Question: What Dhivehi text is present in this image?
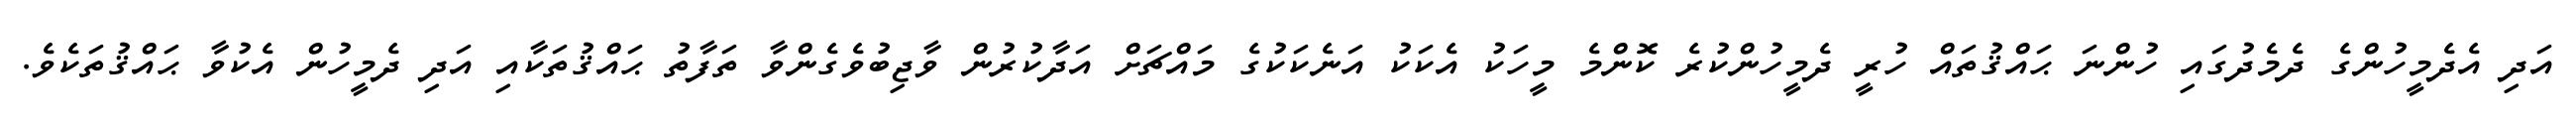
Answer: އަދި އެދެމީހުންގެ ދެމެދުގައި ހުންނަ ޙައްޤުތައް ހުރީ ދެމީހުންކުރެ ކޮންމެ މީހަކު އެކަކު އަނެކަކުގެ މައްޗަށް އަދާކުރުން ވާޖިބުވެގެންވާ ތަފާތު ޙައްޤުތަކާއި އަދި ދެމީހުން އެކުވާ ޙައްޤުތަކެވެ.